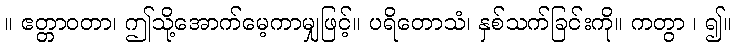
။ ဧတ္တာဝတာ၊ ဤသို့အောက်မေ့ကာမျှဖြင့်။ ပရိတောသံ၊ နှစ်သက်ခြင်းကို။ ကတွာ ၊ ၍။